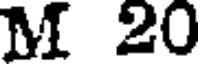
M 20